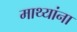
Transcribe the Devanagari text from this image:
माथ्यांना